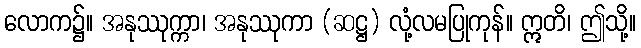
လောက၌။ အနုဿုက္ကာ၊ အနုဿုကာ (ဆဋ္ဌ) လုံ့လမပြုကုန်။ ဣတိ၊ ဤသို့။